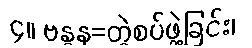
၄။ ဗန္ဓန=တွဲစပ်ဖွဲ့ခြင်း၊